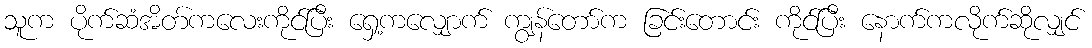
သူက ပိုက်ဆံအိတ်ကလေးကိုင်ပြီး ရှေ့ကလျှောက် ကျွန်တော်က ခြင်းတောင်း ကိုင်ပြီး နောက်ကလိုက်ဆိုလျှင်